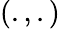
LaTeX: \left(.,.\right)